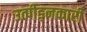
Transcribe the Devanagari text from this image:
उत्पीड़नकारी